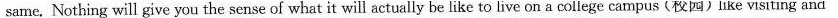
same. Nothing will give you the sense of what it will actually be like to live on a college campus (校园)lIke visiting and